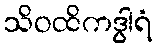
သိဝထိကဒွါရံ